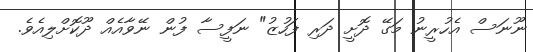
ނޫނަސް އެހުރީނު މަގޭ ދޮށީ ދަރި ފަހުޒު" ނަފީސާ ފުން ނޭވާއެއް ދޫކޮށްލިއެވެ.